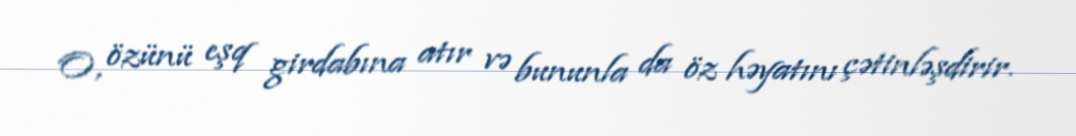
O, özünü eşq girdabına atır və bununla da öz həyatını çətinləşdirir.